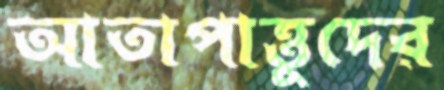
আতাপাত্তুদের